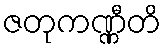
ဇတုကဏ္ဏီတိ